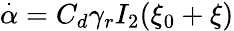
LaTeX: \overset{\cdot}{\alpha}=C_{d}\gamma_{r}I_{2}(\xi_{0}+\xi)